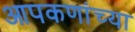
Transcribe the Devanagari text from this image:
आपकणांच्या